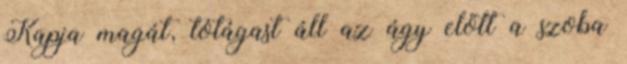
Kapja magát, tótágast áll az ágy előtt a szoba